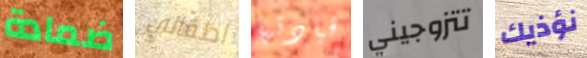
ضمادة اطفالي قيادتها تتزوجيني نؤذيك